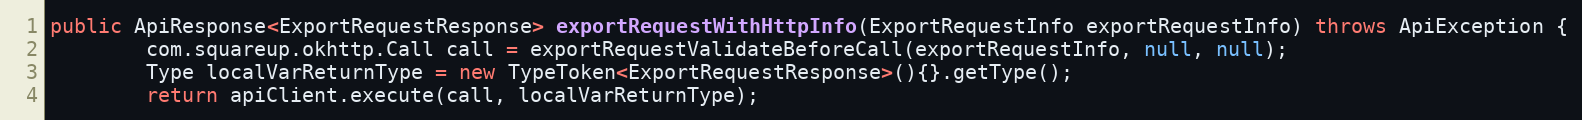
Language: Java
public ApiResponse<ExportRequestResponse> exportRequestWithHttpInfo(ExportRequestInfo exportRequestInfo) throws ApiException {
        com.squareup.okhttp.Call call = exportRequestValidateBeforeCall(exportRequestInfo, null, null);
        Type localVarReturnType = new TypeToken<ExportRequestResponse>(){}.getType();
        return apiClient.execute(call, localVarReturnType);